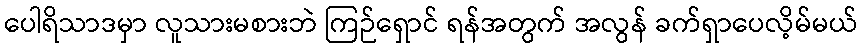
ပေါရိသာဒမှာ လူသားမစားဘဲ ကြဉ်ရှောင် ရန်အတွက် အလွန် ခက်ရှာပေလိ့မ်မယ်